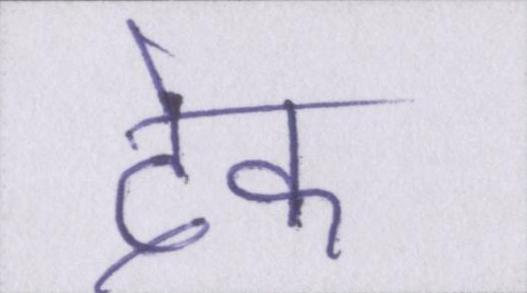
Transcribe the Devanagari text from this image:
देक